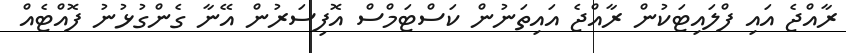
ރާއްޖެ އައި ފްލައިޓަކުން ރާއްޖެ އައިތަނުން ކަސްޓަމްސް އޮފިސަރުން އޭނާ ގެންގުޅުނު ފޮއްޓެއް